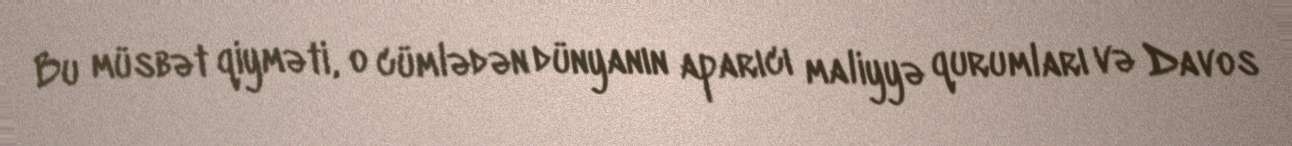
Bu müsbət qiyməti, o cümlədən dünyanın aparıcı maliyyə qurumları və Davos